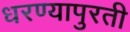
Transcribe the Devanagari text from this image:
धरण्यापुरती